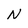
Character: N